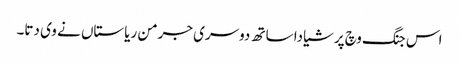
اس جنگ وچ پرشیا دا ساتھ دوسری جرمن ریاستاں نے وی دتا۔